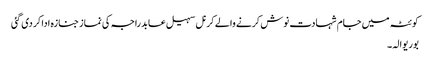
کوئٹہ میں جام شہادت نوش کرنے والے کرنل سہیل عابد راجہ کی نماز جنازہ ادا کر دی گئی
بوریوالہ۔